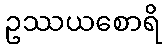
ဥဿယစောရိ